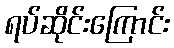
ရပ်ဆိုင်းကြောင်း